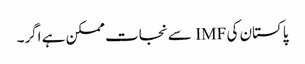
پاکستان کی IMF سے نجات ممکن ہے اگر۔